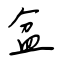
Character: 盆